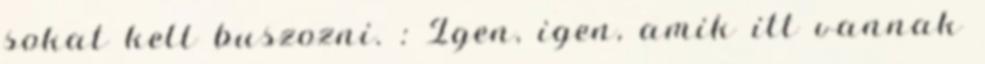
sokat kell buszozni. : Igen, igen, amik itt vannak